Scientific memoirs by medical officers of the Army of India - Part VI,
Year: 1891
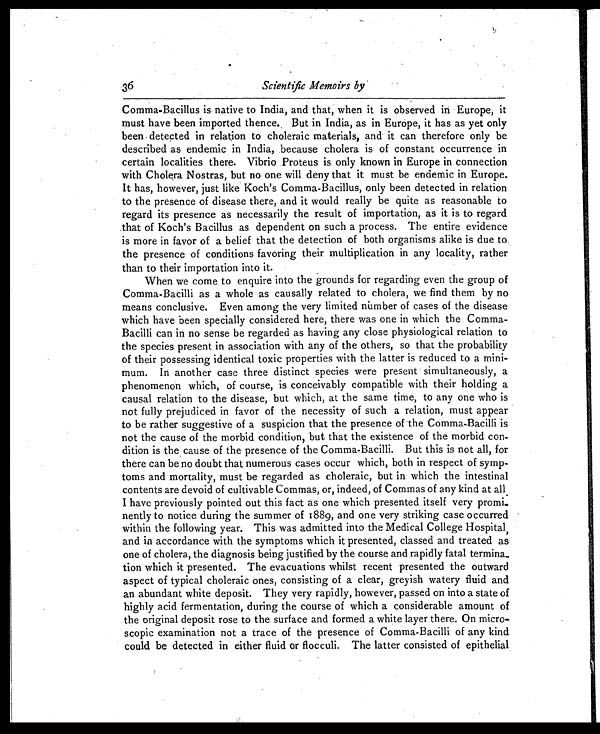
Scientific Memoirs by
Comma-Bacillus is native to India, and that, when it is observed in Europe, it
must have been imported thence. But in India, as in Europe, it has as yet only
been detected in relation to choleraic materials, and it can therefore only be
described as endemic in India, because cholera is of constant occurrence in
certain localities there. Vibrio Proteus is only known in Europe in connection
with Cholera Nostras, but no one will deny that it must be endemic in Europe.
It has, however, just like Koch's Comma-Bacillus, only been detected in relation
to the presence of disease there, and it would really be quite as reasonable to
regard its presence as necessarily the result of importation, as it is to regard
that of Koch's Bacillus as dependent on such a process. The entire evidence
is more in favor of a belief that the detection of both organisms alike is due to
the presence of conditions favoring their multiplication in any locality, rather
than to their importation into it.
When we come to enquire into the grounds for regarding even the group of
Comma-Bacilli as a whole as causally related to cholera, we find them by no
means conclusive. Even among the very limited number of cases of the disease
which have been specially considered here, there was one in which the Comma-
Bacilli can in no sense be regarded as having any close physiological relation to
the species present in association with any of the others, so that the probability
of their possessing identical toxic properties with the latter is reduced to a mini
- m u m . I n a n o t h e r c a s e t h r e e d i s t i n c t s p e c i e s w e r e p r e s e n t s i m u l t a n e o u s l y , a
phenomenon which, of course, is conceivably compatible with their holding a
causal relation to the disease, but which, at the same time, to any one who is
not fully prejudiced in favor of the necessity of such a relation, must appear
to be rather suggestive of a suspicion that the presence of -the Comma-Bacilli is
not the cause of the morbid condition, but that the existence of the morbid con-
- d i t i o n i s t h e c a u s e o f t h e p r e s e n c e o f t h e C o m m a - B a c i l l i . B u t t h i s i s n o t a l l , f o r
there can be no doubt that numerous cases occur which, both in respect of symp
- t o m s a n d m o r t a l i t y , m u s t b e r e g a r d e d a s c h o l e r a i c , b u t i n w h i c h t h e i n t e s t i n a l
contents are devoid of cultivable Commas, or, indeed, of Commas of any kind at all
I have previously pointed out this fact as one which presented itself very promi-
nently to notice during the summer of 1889, and one very striking case occurred
within the following year. This was admitted into the Medical College Hospital,
and in accordance with the symptoms which it presented, classed and treated as
one of cholera, the diagnosis being justified by the course and rapidly fatal termina-
tion which it presented. The evacuations whilst recent presented the outward
aspect of typical choleraic ones, consisting of a clear, greyish watery fluid and
an abundant white deposit. They very rapidly, however, passed on into a state of
highly acid fermentation, during the course of which a considerable amount of
the original deposit rose to the surface and formed a white layer there. On micro-
scopic examination not a trace of the presence of Comma-Bacilli of any kind
could be detected in either fluid or flocculi. The latter consisted of epithelial
36